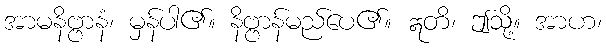
အာမနိဗ္ဗာနံ၊ မှန်ပါ၏။ နိဗ္ဗာန်မည်ပေ၏။ ဣတိ၊ ဤသို့။ အာဟ၊